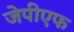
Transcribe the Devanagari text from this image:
जेपीएफ